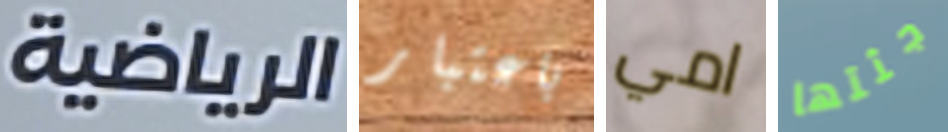
الرياضية باعتبار امي جثتها